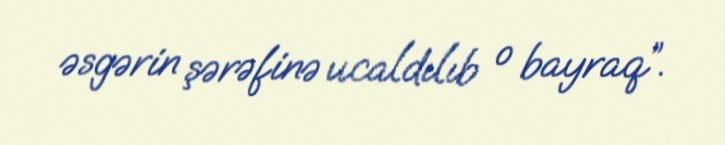
əsgərin şərəfinə ucaldılıb o bayraq”.